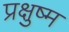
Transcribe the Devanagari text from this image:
प्रक्षुष्म